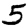
Digit: 5